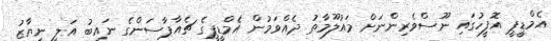
އެމްޑީޕީ އޮފީހުގައި ނޫސްވެރިންނަށް މައުލޫމާތު ދެއްވަމުން އެމްޑީޕީގެ ޗެއާޕާސަންގެ ނައިބު އަލީ ނިޔާޒު